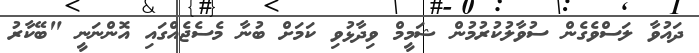
ދައުވާ ލަސްވެގެން ސުވާލުކުރުމުން ޝަމީމް ވިދާޅުވި ކަމަށް ބުނާ މެސެޖެއްގައި އޮންނަނީ "ބޭކާރު